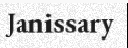
Janissary